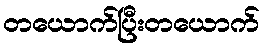
တယောက်ပြီးတယောက်